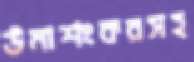
উমাশংকরসহ